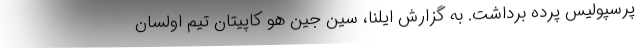
پرسپولیس پرده برداشت. به گزارش ایلنا، سین جین هو کاپیتان تیم اولسان